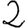
Digit: 2